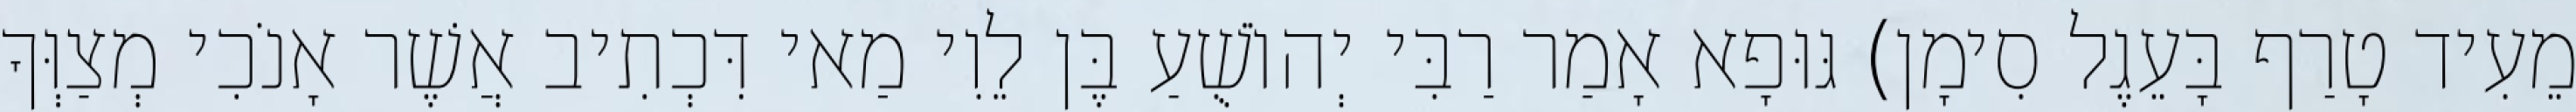
מֵעִיד טָרַף בָּעֵגֶל סִימָן) גּוּפָא אָמַר רַבִּי יְהוֹשֻׁעַ בֶּן לֵוִי מַאי דִּכְתִיב אֲשֶׁר אָנֹכִי מְצַוְּךָ